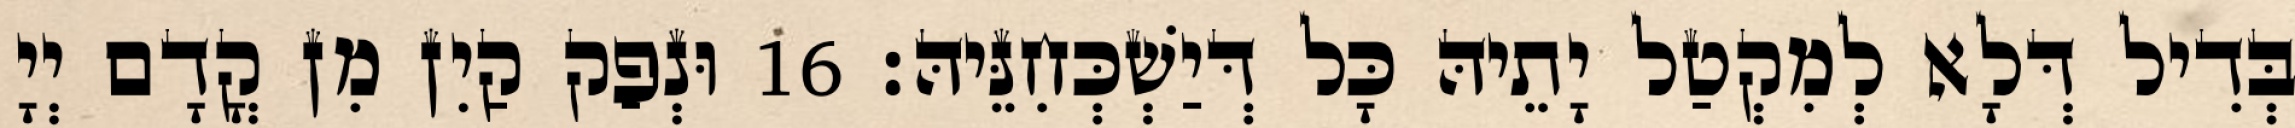
בְּדִיל דְּלָא לְמִקְטַל יָתֵיהּ כָּל דְּיַשְׁכְּחִנֵּיהּ׃ 16 וּנְפַק קַיִן מִן קֳדָם יְיָ